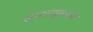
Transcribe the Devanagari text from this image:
संसारसुखाचे